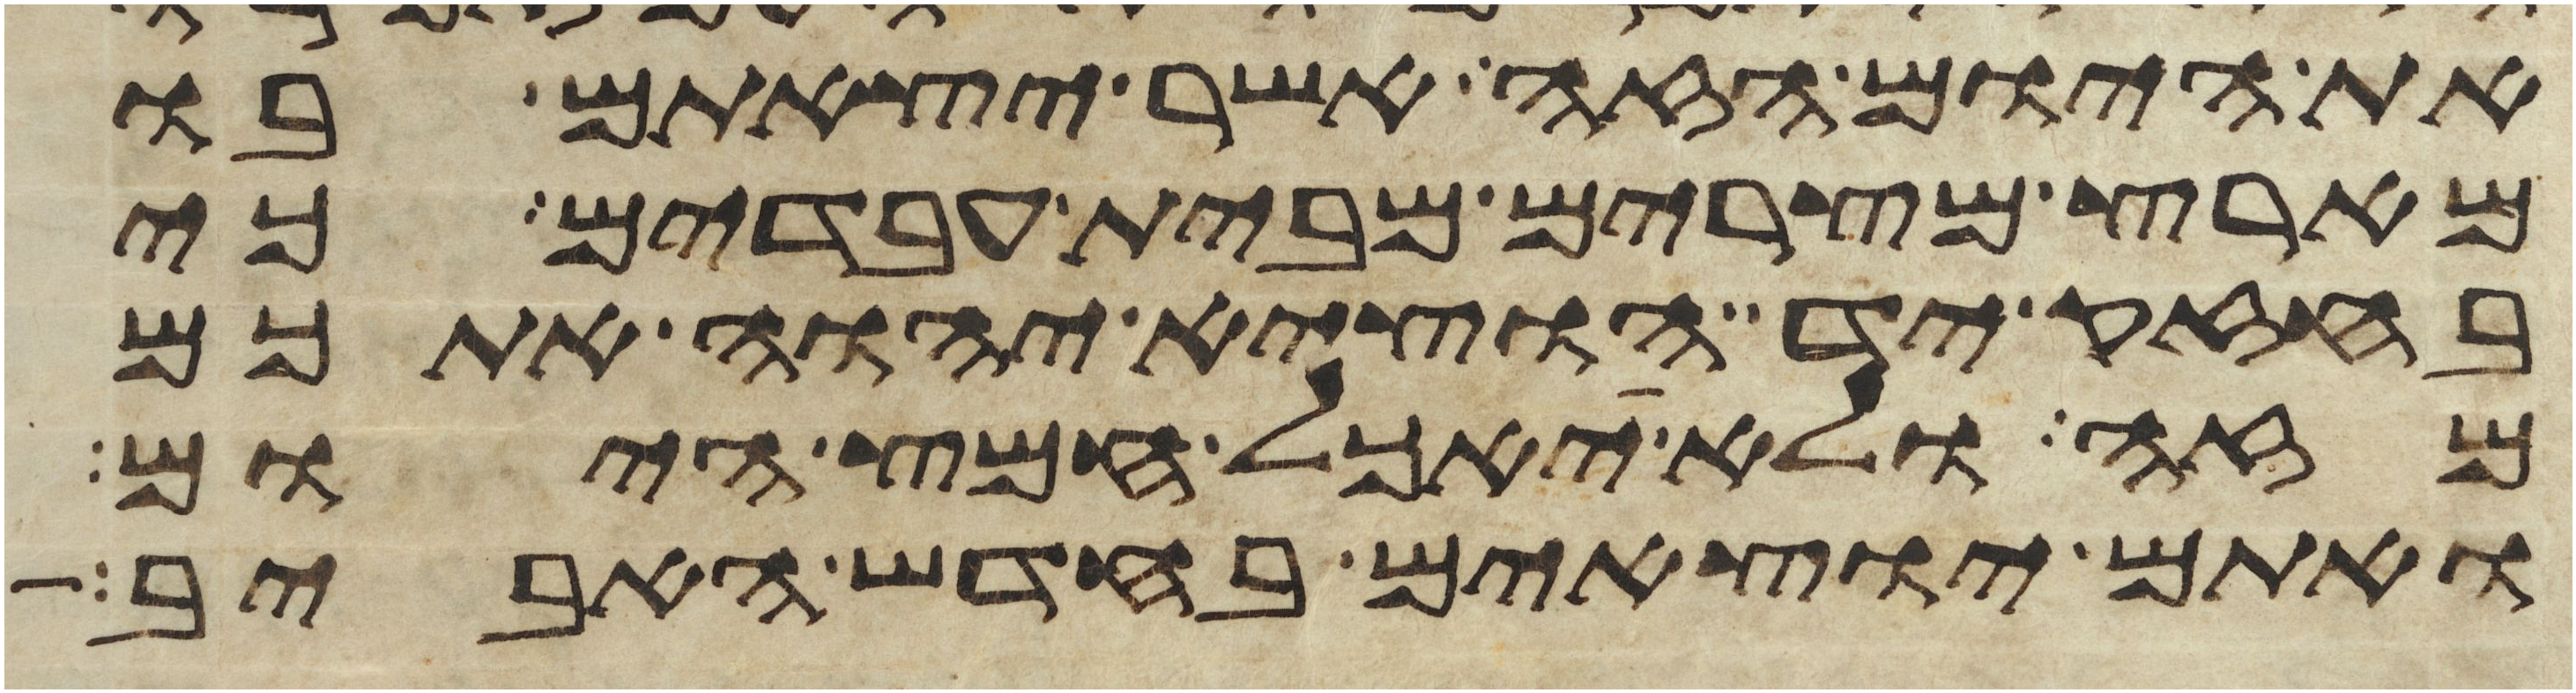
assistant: את היום הזה אשר יצאתם בו
מארץ מצרים מבית עבדים כי
בחזק יד הוציא יהוה אתכם
מזה ולא יאכל חמץ היום
ואתם יוצאים בחדש האביב